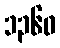
၁၃၆၀